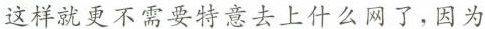
这样就更不需要特意去上什么网了，因为